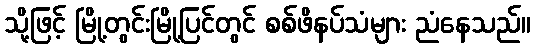
သို့ဖြင့် မြို့တွင်းမြို့ပြင်တွင် စစ်ဖိနပ်သံများ ညံနေသည်။